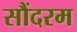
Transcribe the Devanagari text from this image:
सौंदरम